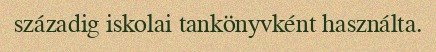
századig iskolai tankönyvként használta.